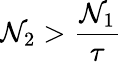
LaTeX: \mathcal{N}_{2}>\frac{{\mathcal{N}_{1}}}{{\tau}}